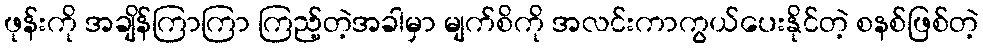
ဖုန်းကို အချိန်ကြာကြာ ကြည့်တဲ့အခါမှာ မျက်စိကို အလင်းကာကွယ်ပေးနိုင်တဲ့ စနစ်ဖြစ်တဲ့